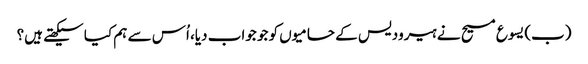
‏ (‏ب)‏ یسوع مسیح نے ہیرودیس کے حامیوں کو جو جواب دیا،‏ اُس سے ہم کیا سیکھتے ہیں؟